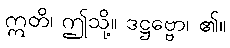
ဣတိ၊ ဤသို့။ ဒဋ္ဌဗ္ဗော၊ ၏။